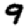
Digit: 9